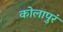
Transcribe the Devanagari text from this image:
कोलापुरं